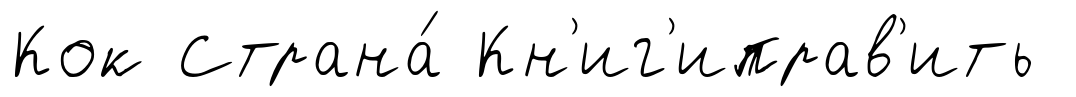
Кок Страна́ Кн'иг'иправ'ить